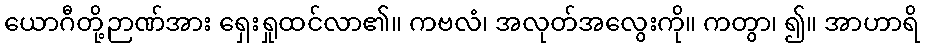
ယောဂီတို့ဉာဏ်အား ရှေးရှုထင်လာ၏။ ကဗလံ၊ အလုတ်အလွေးကို။ ကတွာ၊ ၍။ အာဟာရိ